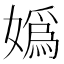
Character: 嬀